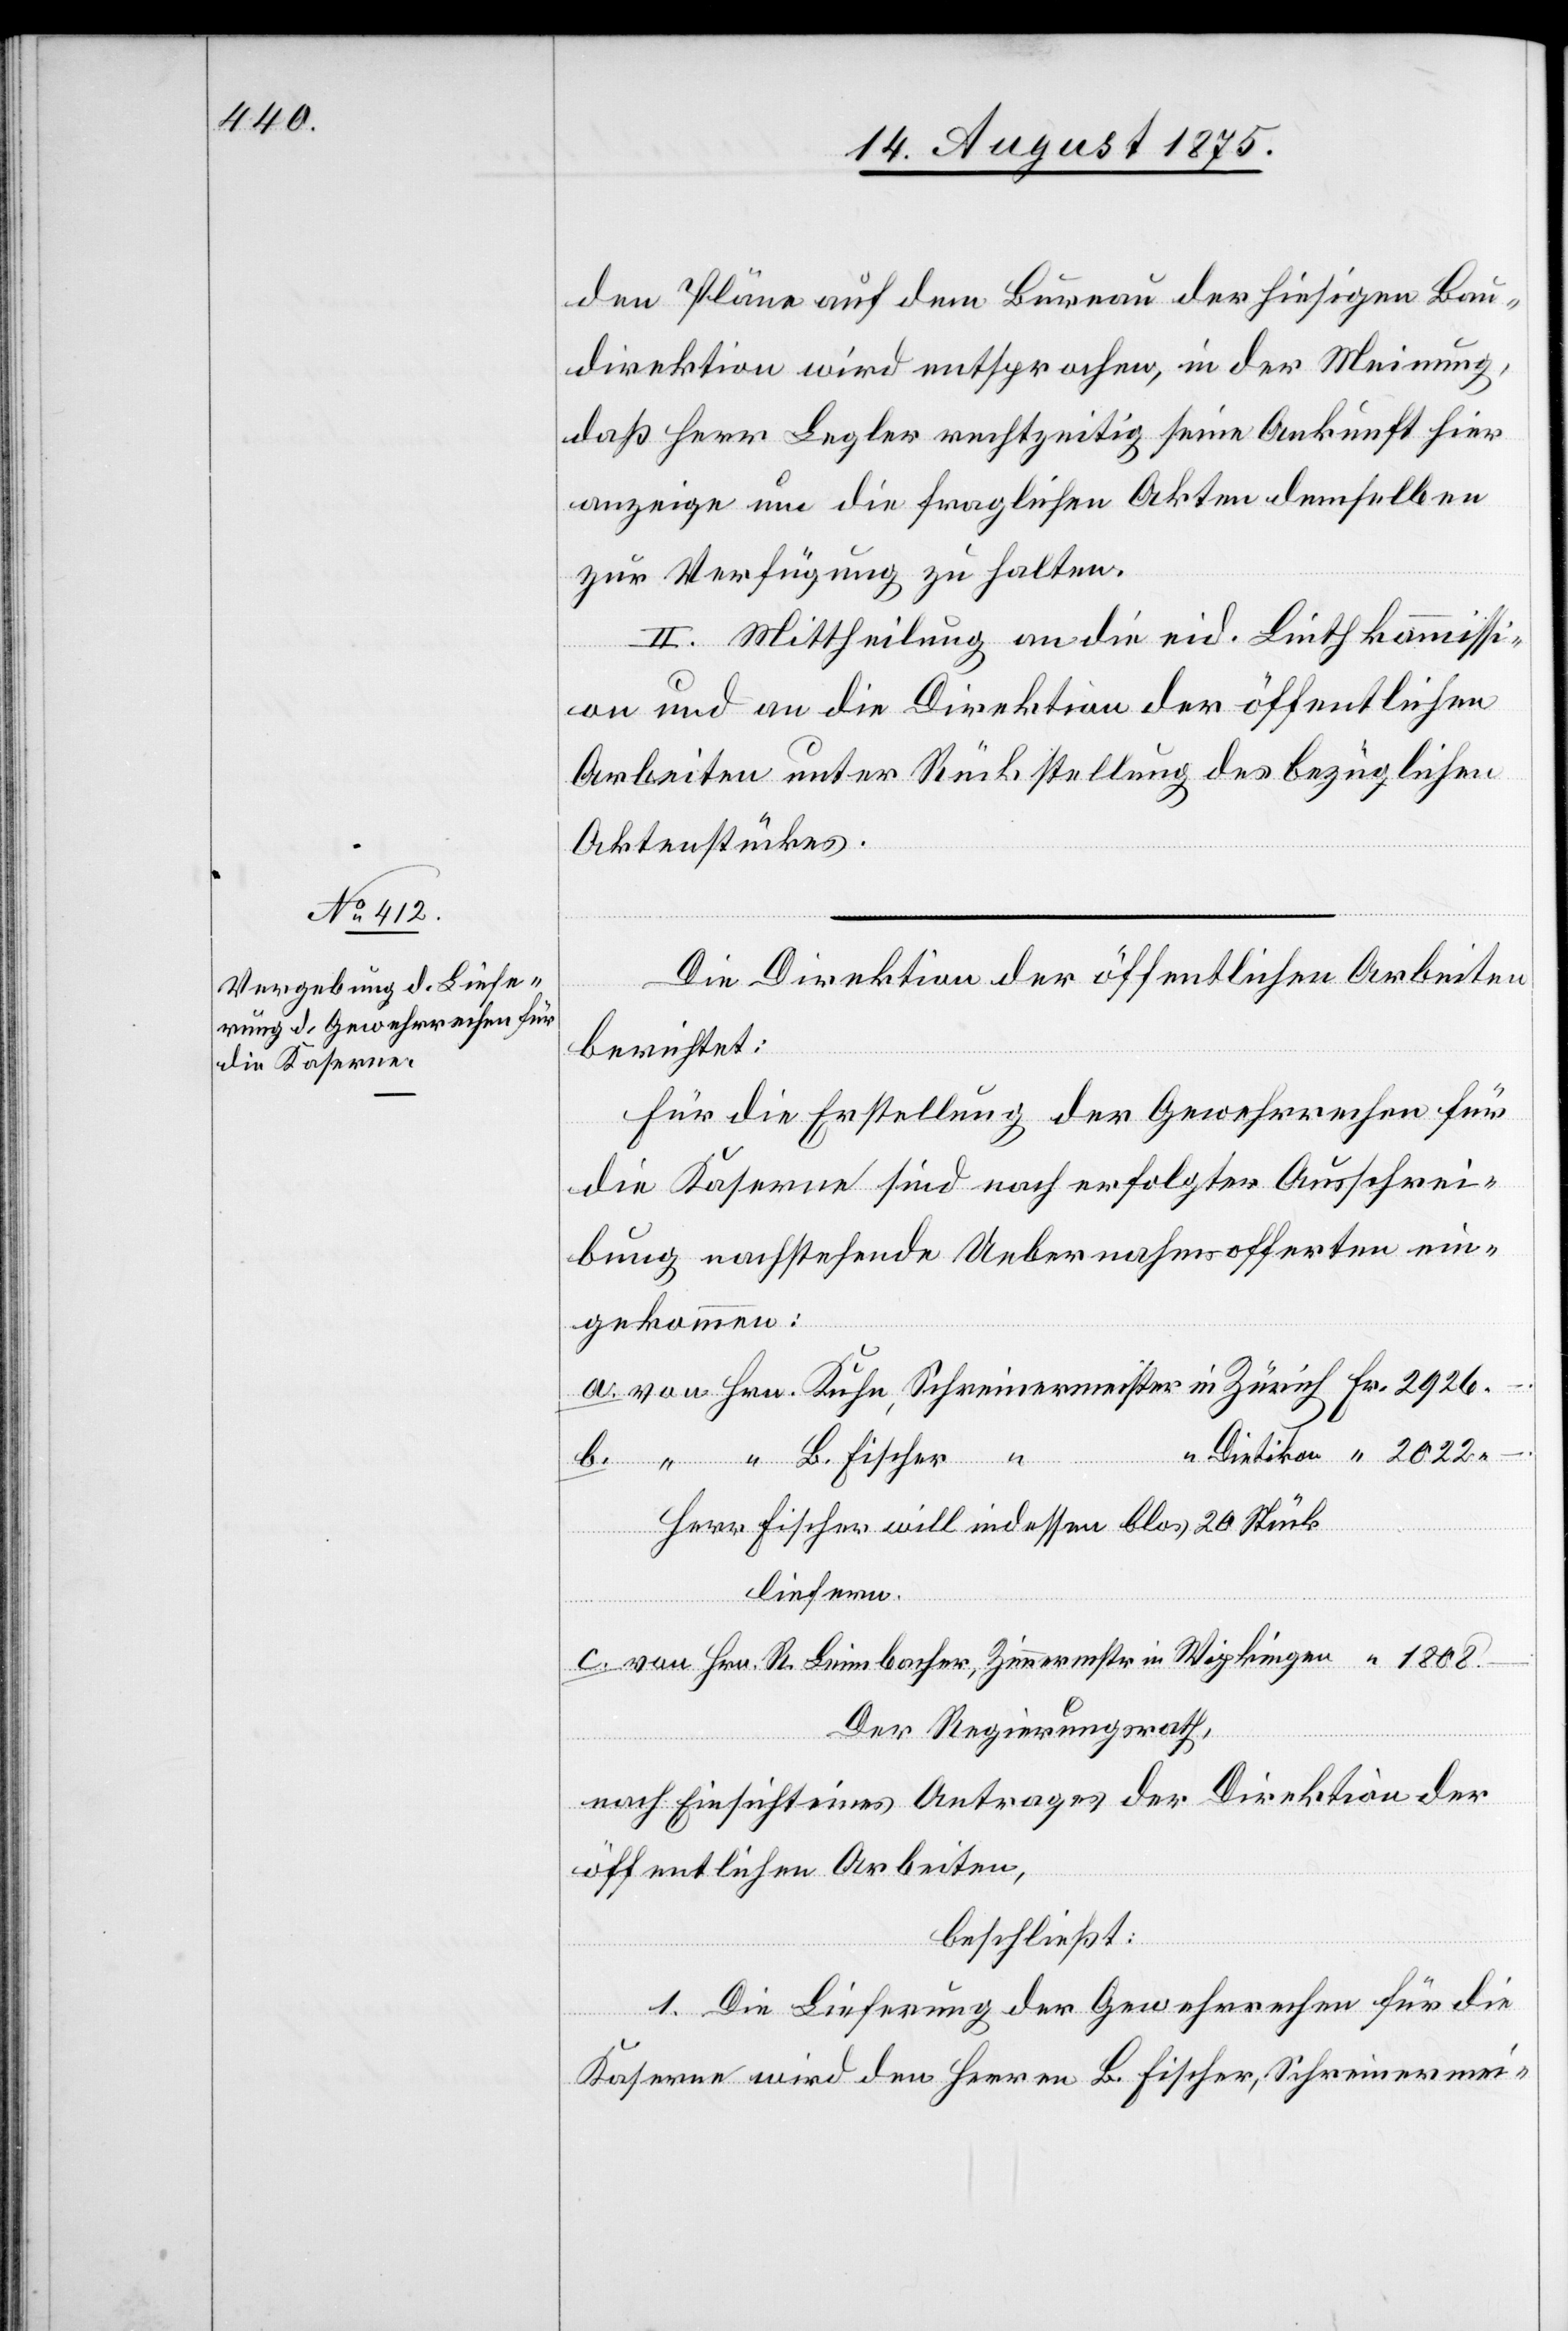
den Pläne auf dem Bureau der hiesigen Bau¬
direktion wird entsprochen, in der Meinung,
daß Herr Legler rechtzeitig seine Ankunft hier
anzeige und die fraglichen Akten demselben
zur Verfügung zu halten.
II. Mittheilung an die eid. Linthkommissi¬
Zimmerstr.
on und an die Direktion der öffentlichen
Arbeiten unter Rückstellung des bezüglichen
Aktenstückes.
Die Direktion der öffentlichen Arbeiten
berichtet:
Für Erstellung der Gewehrrechen für
die Kaserne sind nach erfolgter Ausschrei¬
bung nachstehende Uebernahmsofferten ein¬
ingen
gekommen:
Herr Fischer will indessen blos 20 Stück
liefern.
Hrn.
Der Regierungsrath,
nach Einsicht eines Antrages der Direktion der
öffentlichen Arbeiten,
beschließt:
1. Die Lieferung der Gewehrrechen für die
Kaserne wird den Herren B. Fischer, Schreinermei-